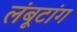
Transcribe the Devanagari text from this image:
लंबूटांग